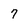
Character: 7